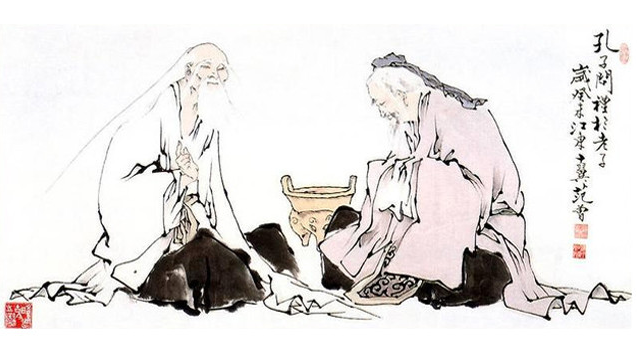
君子有九思视思明，听思聪，色思温，貌思恭，言思忠，事思敬，疑思问，忿思难，见得思义。